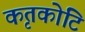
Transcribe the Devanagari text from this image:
कृतकोटि